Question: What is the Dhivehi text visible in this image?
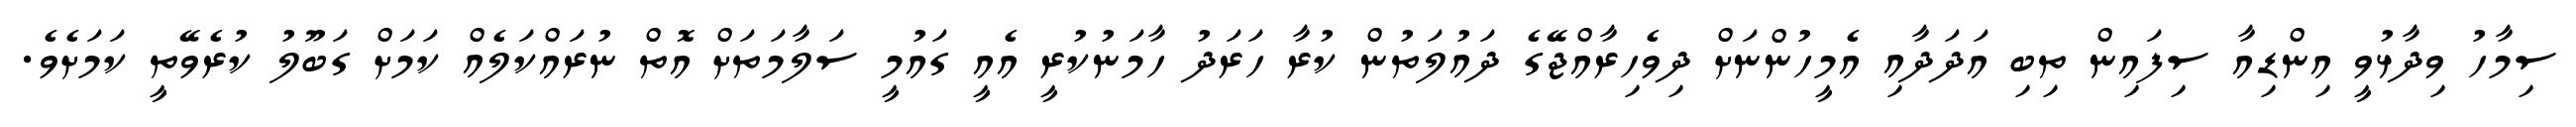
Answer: ސިމާހު ވިދާޅުވީ އިންޑިއާ ސިފައިން ތިބި އަދަދާއި އެމީހުންނަށް ދިވެހިރާއްޖޭގެ ދައުލަތުން ކުރާ ހަރަދު ހާމަނުކުރީ އެއީ ގައުމީ ސަލާމަތަށް އޮތް ނުރައްކަލެއް ކަމަށް ގަބޫލު ކުރެވޭތީ ކަމަށެވެ.